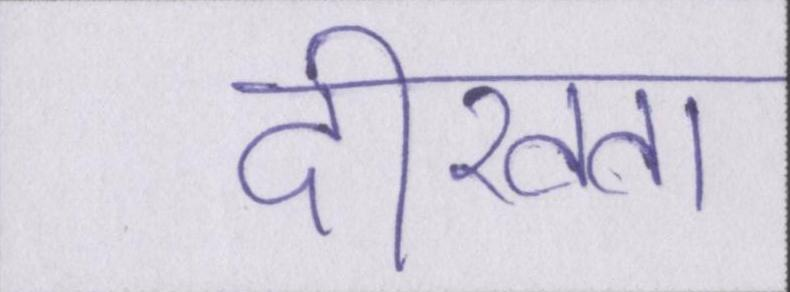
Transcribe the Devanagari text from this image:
दीखता